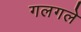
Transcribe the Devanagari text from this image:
गलगले